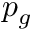
p _ { g }